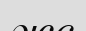
жс